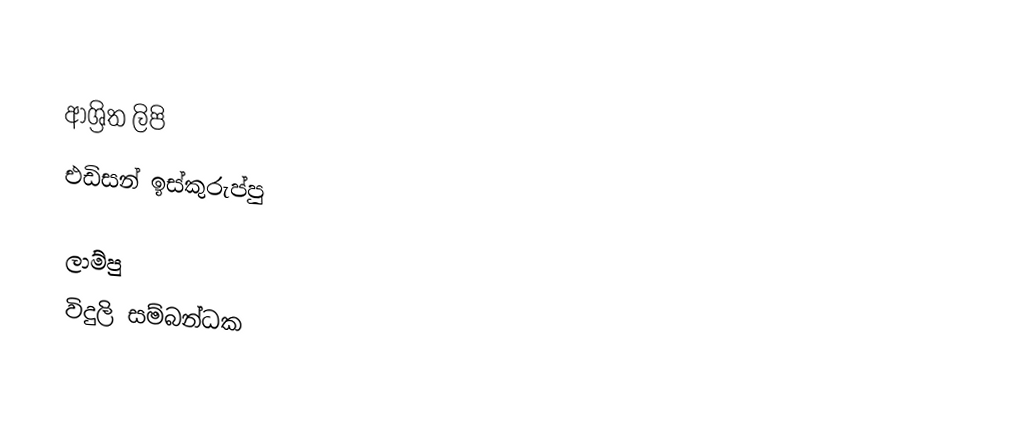

ආශ්‍රිත ලිපි
 එඩිසන් ඉස්කුරුප්පු

ලාම්පු
විදුලි සම්බන්ධක